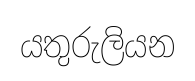
යතුරුලියන